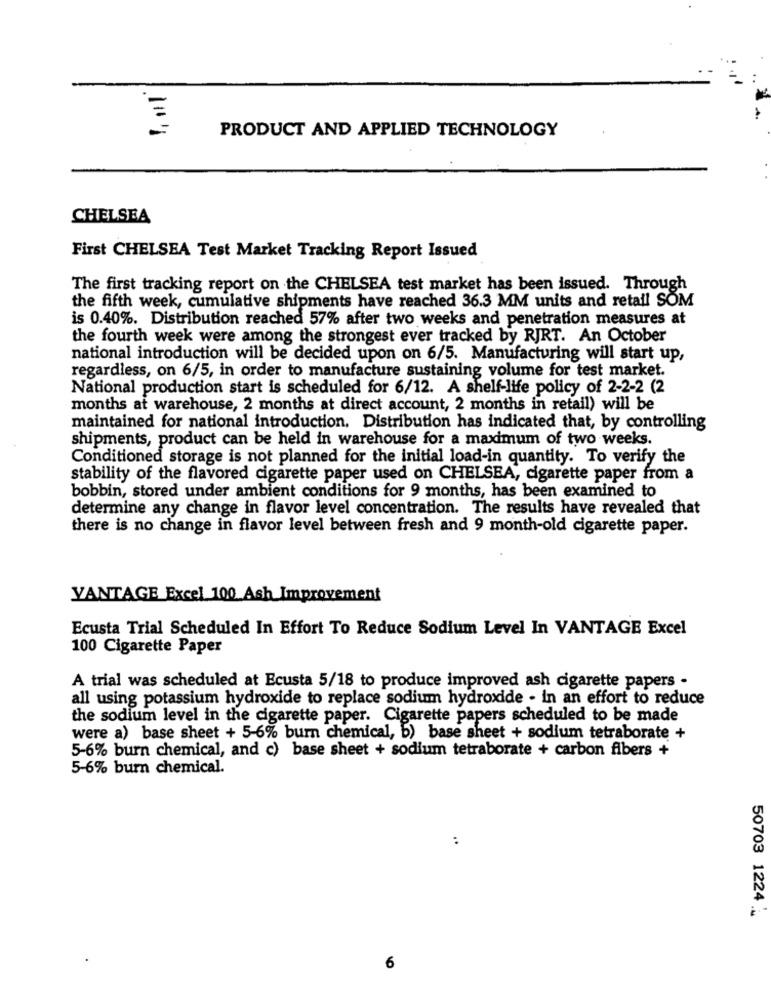
1,111
PRODUCT AND APPLIED TECHNOLOGY
CHELSEA
First CHELSEA Test Market Tracking Report Issued
The first tracking report on the CHELSEA test market has been issued. Through
the fifth week, cumulative shipments have reached 36.3 MM units and retail SOM
is 0.40%. Distribution reached 57% after two weeks and penetration measures at
the fourth week were among the strongest ever tracked by RJRT. An October
national introduction will be decided upon on 6/5. Manufacturing will start up,
regardless, on 6/5, in order to manufacture sustaining volume for test market.
National production start is scheduled for 6/12. A shelf-life policy of 2-2-2 (2
months at warehouse, 2 months at direct account, 2 months in retail) will be
maintained for national introduction, Distribution has indicated that, by controlling
shipments, product can be held in warehouse for a maximum of two weeks.
Conditioned storage is not planned for the initial load-in quantity. To verify the
stability of the flavored cigarette paper used on CHELSEA, cigarette paper from a
bobbin, stored under ambient conditions for 9 months, has been examined to
determine any change in flavor level concentration. The results have revealed that
there is no change in flavor level between fresh and 9 month-old cigarette paper.
VANTAGE Excel 100 Ash Improvement
Ecusta Trial Scheduled In Effort To Reduce Sodium Level In VANTAGE Excel
100 Cigarette Paper
A trial was scheduled at Ecusta 5/18 to produce improved ash cigarette papers -
all using potassium hydroxide to replace sodium hydroxide - in an effort to reduce
the sodium level in the cigarette paper. Cigarette papers scheduled to be made
were a) base sheet + 5-6% burn chemical, b) base sheet + sodium tetraborate +
5-6% burn chemical, and c) base sheet + sodium tetraborate + carbon fibers +
5-6% burn chemical.
..
50703 1224 ...
6